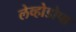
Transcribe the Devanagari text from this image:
लेव्होडोपा